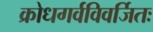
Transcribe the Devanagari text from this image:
क्रोधगर्वविवर्जितः